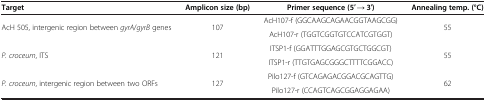
| Target | Amplicon size (bp) | Primer sequence (5′ → 3′) | Annealing temp. (°C) |
 | --- | --- | --- | --- |
 | <ROWSPAN=2> AcH 505, intergenic region between gyrA/gyrB genes | <ROWSPAN=2> 107 | AcH107-f (GGCAAGCAGAACGGTAAGCGG) | <ROWSPAN=2> 55 |
 | AcH107-r (TGGTCGGTGTCCATCGTGGT) |
 | <ROWSPAN=2> P. croceum, ITS | <ROWSPAN=2> 121 | ITSP1-f (GGATTTGGAGCGTGCTGGCGT) | <ROWSPAN=2> 55 |
 | ITSP1-r (TTGTGAGCGGGCTTTTCGGACC) |
 | P. croceum, intergenic region between two ORFs | 127 | Pilo127-f (GTCAGAGACGGACGCAGTTG) | 62 |
 |  |  | Pilo127-r (CCAGTCAGCGGAGGAGAA) |  |